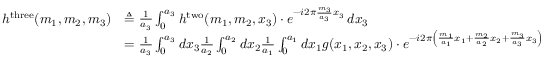
{ \begin{array} { r l } { h ^ { \mathrm { t h r e e } } ( m _ { 1 } , m _ { 2 } , m _ { 3 } ) } & { \triangleq { \frac { 1 } { a _ { 3 } } } \int _ { 0 } ^ { a _ { 3 } } h ^ { \mathrm { t w o } } ( m _ { 1 } , m _ { 2 } , x _ { 3 } ) \cdot e ^ { - i 2 \pi { \frac { m _ { 3 } } { a _ { 3 } } } x _ { 3 } } \, d x _ { 3 } } \\ & { = { \frac { 1 } { a _ { 3 } } } \int _ { 0 } ^ { a _ { 3 } } d x _ { 3 } { \frac { 1 } { a _ { 2 } } } \int _ { 0 } ^ { a _ { 2 } } d x _ { 2 } { \frac { 1 } { a _ { 1 } } } \int _ { 0 } ^ { a _ { 1 } } d x _ { 1 } g ( x _ { 1 } , x _ { 2 } , x _ { 3 } ) \cdot e ^ { - i 2 \pi \left( { \frac { m _ { 1 } } { a _ { 1 } } } x _ { 1 } + { \frac { m _ { 2 } } { a _ { 2 } } } x _ { 2 } + { \frac { m _ { 3 } } { a _ { 3 } } } x _ { 3 } \right) } } \end{array} }